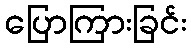
ပြောကြားခြင်း